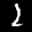
Label: 2